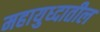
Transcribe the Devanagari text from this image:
महायुध्दातील